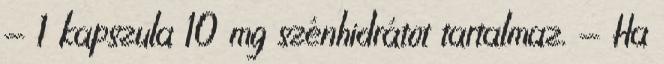
- 1 kapszula 10 mg szénhidrátot tartalmaz. - Ha